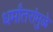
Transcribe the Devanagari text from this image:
धर्मांतरांमुळे